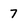
Character: 7